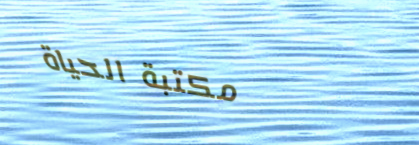
مكتبة الحياة